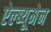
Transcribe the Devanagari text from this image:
ऐल्ब्यूमेन